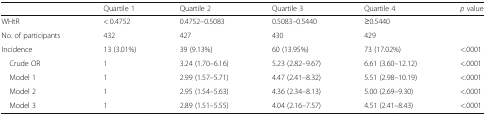
<table><thead><tr><td></td><td><b>Quartile 1</b></td><td><b>Quartile 2</b></td><td><b>Quartile 3</b></td><td><b>Quartile 4</b></td><td><b><i>p</i> value</b></td></tr></thead><tbody><tr><td>WHtR</td><td>&lt; 0.4752</td><td>0.4752–0.5083</td><td>0.5083–0.5440</td><td>≥0.5440</td><td></td></tr><tr><td>No. of participants</td><td>432</td><td>427</td><td>430</td><td>429</td><td></td></tr><tr><td>Incidence</td><td>13 (3.01%)</td><td>39 (9.13%)</td><td>60 (13.95%)</td><td>73 (17.02%)</td><td>&lt;.0001</td></tr><tr><td> Crude OR</td><td>1</td><td>3.24 (1.70–6.16)</td><td>5.23 (2.82–9.67)</td><td>6.61 (3.60–12.12)</td><td>&lt;.0001</td></tr><tr><td> Model 1</td><td>1</td><td>2.99 (1.57–5.71)</td><td>4.47 (2.41–8.32)</td><td>5.51 (2.98–10.19)</td><td>&lt;.0001</td></tr><tr><td> Model 2</td><td>1</td><td>2.95 (1.54–5.63)</td><td>4.36 (2.34–8.13)</td><td>5.00 (2.69–9.30)</td><td>&lt;.0001</td></tr><tr><td> Model 3</td><td>1</td><td>2.89 (1.51–5.55)</td><td>4.04 (2.16–7.57)</td><td>4.51 (2.41–8.43)</td><td>&lt;.0001</td></tr></tbody></table>